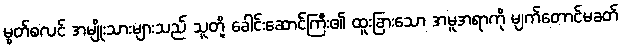
မွတ်စလင် အမျိုးသားများသည် သူတို့ ခေါင်းဆောင်ကြီး၏ ထူးခြားသော အမူအရာကို မျက်တောင်မခတ်